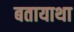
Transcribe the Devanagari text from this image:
बतायाथा